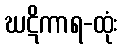
ဃဋိကာရ-ထုံး